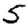
Digit: 5